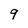
Character: 9